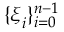
\{ \boldsymbol { \xi } _ { i } \} _ { i = 0 } ^ { n - 1 }